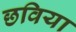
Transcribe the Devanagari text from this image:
छविया